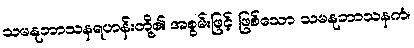
သမနုဘာသနရဟန်းတို့၏ အစွမ်းဖြင့် ဖြစ်သော သမနုဘာသနကံ၊